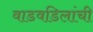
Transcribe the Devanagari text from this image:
वाडवडिलांची